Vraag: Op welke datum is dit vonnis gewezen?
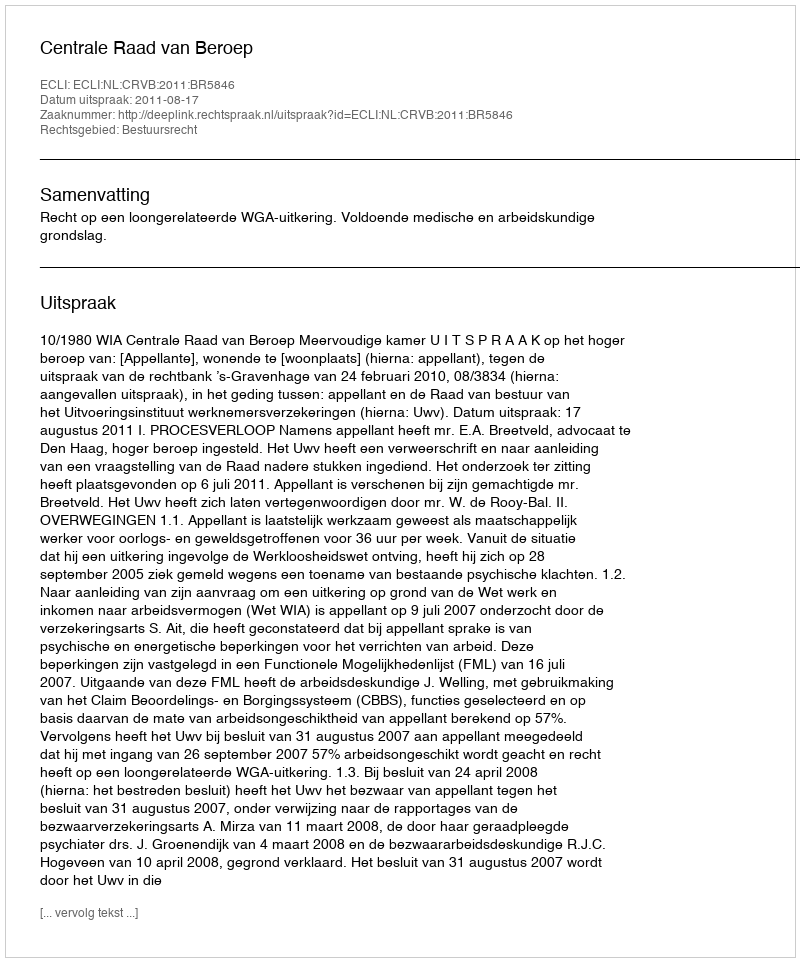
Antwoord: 2011-08-17